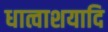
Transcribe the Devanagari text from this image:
धात्वाशयादि